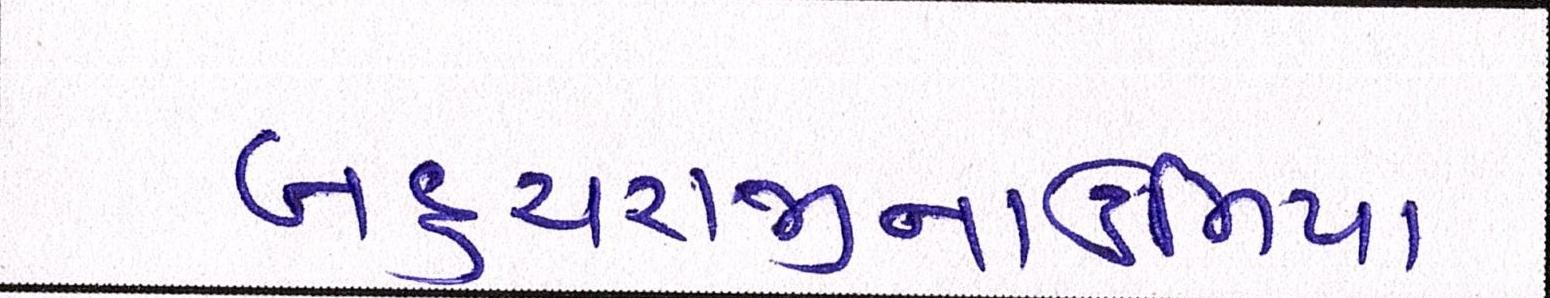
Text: બહુચરાજીનાઉમિયા